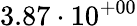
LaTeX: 3.87\cdot 10^{+00}